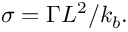
\sigma = \Gamma L ^ { 2 } / k _ { b } .